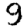
Digit: 9